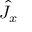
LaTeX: { \hat { J } } _ { x } \,